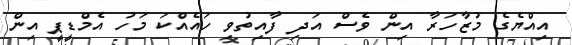
އިއްޔެގެ މުޒާހަރާ އިން ވެސް އަދި ފާއިތުވި ހައެއްކަ މަހު އެމްޑީޕީ އިން